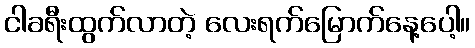
ငါခရီးထွက်လာတဲ့ လေးရက်မြောက်နေ့ပေါ့။